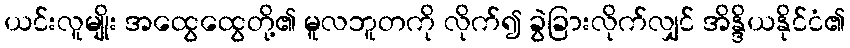
ယင်းလူမျိုး အထွေထွေတို့၏ မူလဘူတကို လိုက်၍ ခွဲခြားလိုက်လျှင် အိန္ဒိယနိုင်ငံ၏